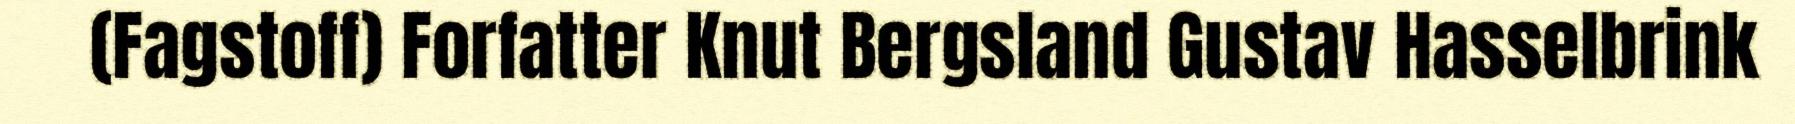
(Fagstoff) Forfatter Knut Bergsland Gustav Hasselbrink